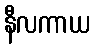
နီလကာယ